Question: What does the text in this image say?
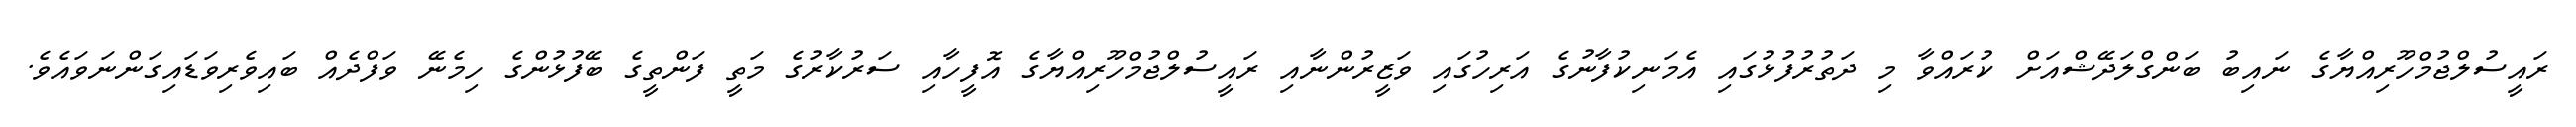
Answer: ރައީސުލްޖުމްހޫރިއްޔާގެ ނައިބު ބަންގްލަދޭޝްއަށް ކުރައްވާ މި ދަތުރުފުޅުގައި އެމަނިކުފާނުގެ އަރިހުގައި ވަޒީރުންނާއި ރައީސުލްޖުމްހޫރިއްޔާގެ އޮފީހާއި ސަރުކާރުގެ މަތީ ފަންތީގެ ބޭފުޅުންގެ ހިމެނޭ ވަފްދެއް ބައިވެރިވަޑައިގަންނަވައެވެ.